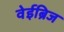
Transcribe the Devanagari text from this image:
वेईब्रिज